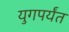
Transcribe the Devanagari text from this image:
युगपर्यंत